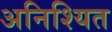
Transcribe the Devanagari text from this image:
अनिश्यित